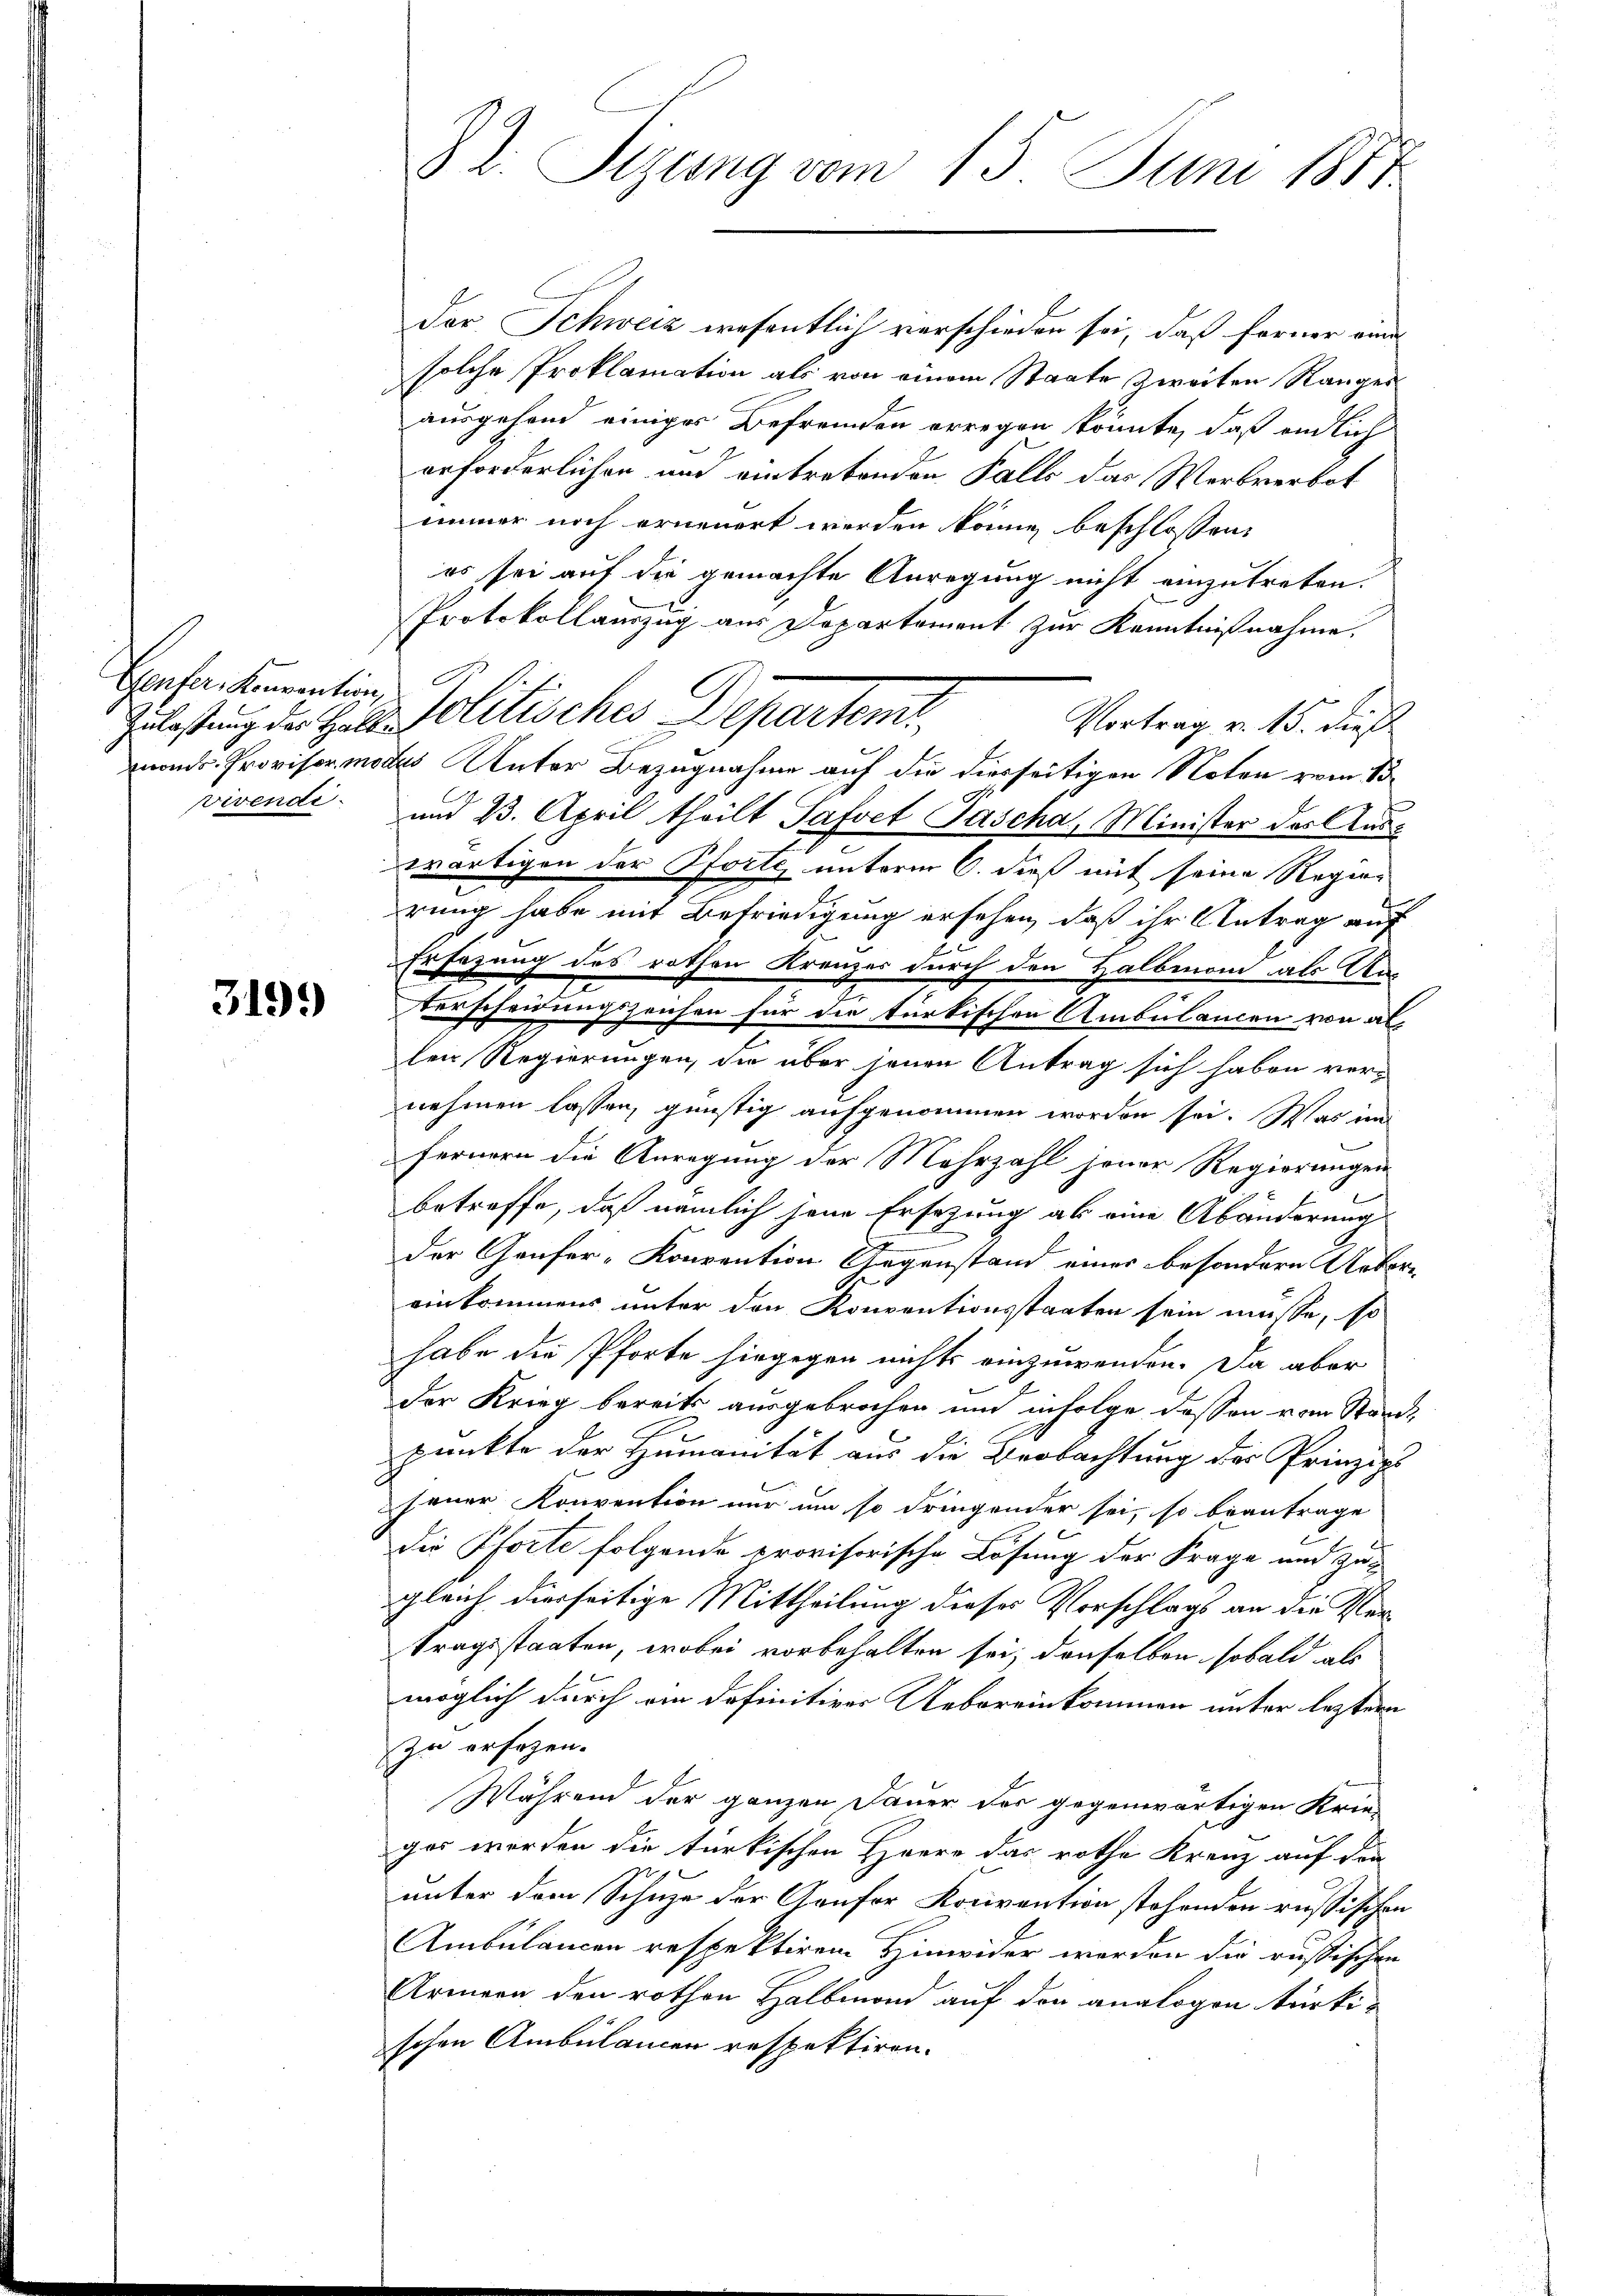
Genfer, Konvention,
ivendi

3199

§ 2. Seizung vom 15. Juni 1887

der Schweiz wesentlich verschieden sei, daß ferner eine
solche Proklamation als von einem Staate zweiten Rangesausgehend einiger Befremden erregen könnte, daß endlich
erforderlichen und eintretenden Falls das Werkverbot
immer noch erneuert werden könne beschlossen:
es sei auf die gemachte Anregung nicht einzutreten.
Protokollauszug aus Departement zur Kenntnißnahme.
Zulastung der Halt. Politisches Departen,
Vortrag v. 15. dieß
mont. Provisor modus Unter Bezugnahme auf die diesseitigen Noten vom 15
und 23. April theilt Safoet Pascha, Minister des Auswärtigen der Pforte unterm 6. dieß mit seine Regier
rung habe mit Befriedigung ersehen, daß ihr Antrag auf
Ersezung des rothen Kreuzes durch den Halbmond als An¬
Verscheidungszeichen für die türkischen Ambulancen von al
len Regierungen, die über jenen Antrag sich haben vernehmen lassen, günstig aufgenommen worden sei. Was im
fernern die Anregung der Mehrzahl jener Regierungen
betreffe, daß nämlich jene Ersezung ab eine Abänderung
der Grufer-Konvention Gegenstand einer besondern Ueber-
einkommens unter den Konventionsstaaten sein müsse, so
habe die Pforte hingegen nichts einzuwenden. Da aber
der Krieg bereits ausgebrochen und infolge dessen vom Stande
punkte der Humanität aus die Beobachtung des Prinzip
jener Konvention nur um so dringender sei, so beantrage
die Pforte folgende provisorische Lösung der Frage und zugleich dierseitige Mittheilung dieses Vorschlags an die Vertragsstaaten, wobei vorbehalten sei, denselben sobald als
möglich durch an definitiver Uebereinkommen unter leztern
zu ersezen.
Während der ganzen Dauer der gegenwärtigen Krie-
ger werden die türkischen Heere das rothe Krenz auf den
unter dem Schuze der Genfer Konvention stehenden russischen
Ambulanen respektiren Hinwider werden die russischen
Armern den rothen Halbman auf den analogen türkischen Ambülancen respektiren.